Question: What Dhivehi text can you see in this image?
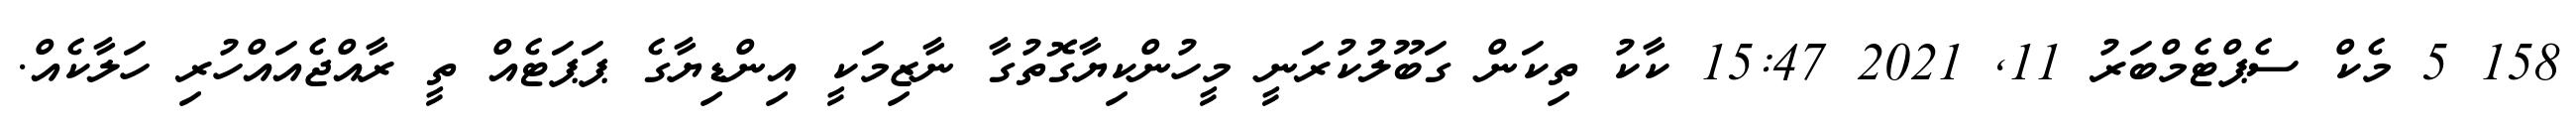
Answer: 158 5 މެކް ސެޕްޓެމްބަރު 11, 2021 15:47 ކާކު ތިކަން ގަބޫލުކުރަނީ މީހުންކިޔާގޮތުގާ ނާޒިމަކީ އިންޑިޔާގެ ޕަޕަޓެއް ތީ ރާއްޖެއައްހުރި ހަލާކެއް.